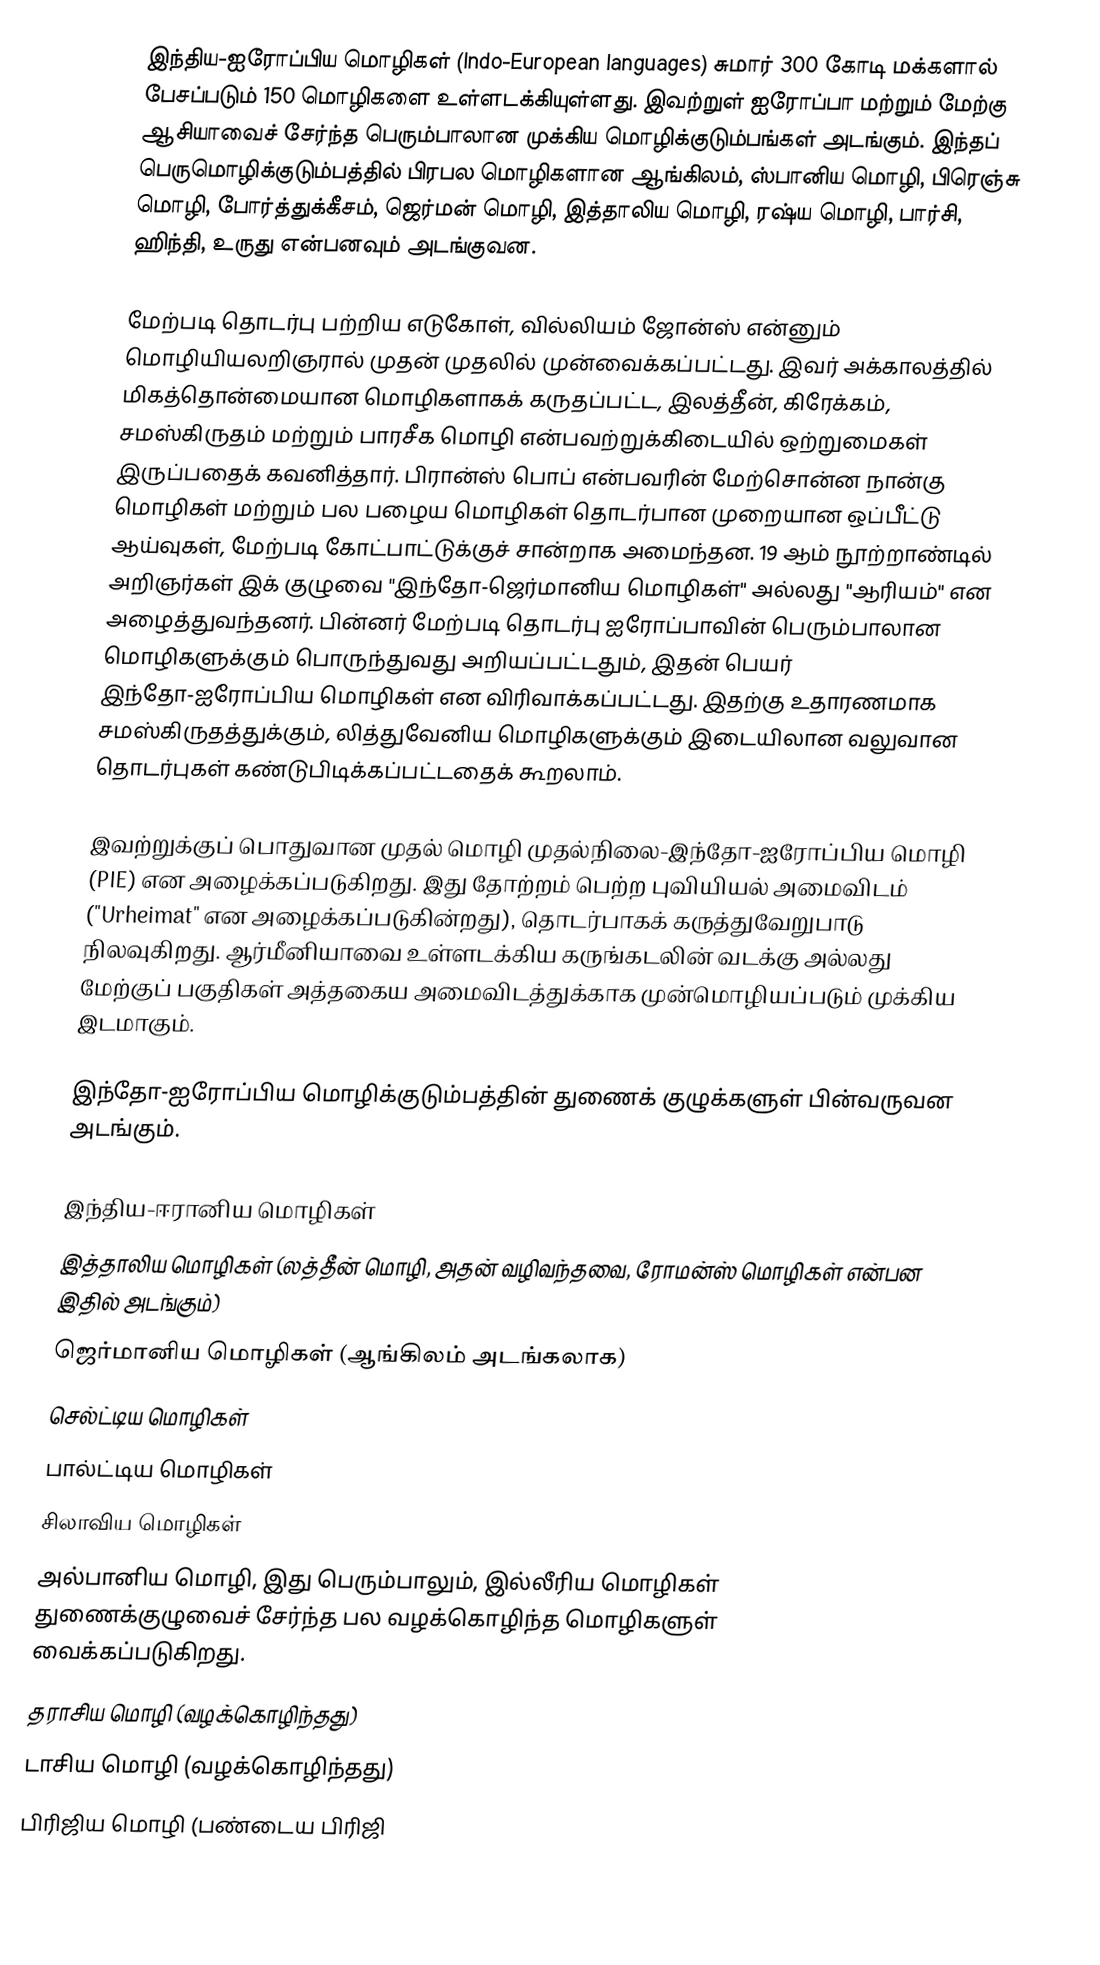
இந்திய-ஐரோப்பிய மொழிகள் (Indo-European languages) சுமார் 300 கோடி மக்களால் பேசப்படும் 150 மொழிகளை உள்ளடக்கியுள்ளது. இவற்றுள் ஐரோப்பா மற்றும் மேற்கு ஆசியாவைச் சேர்ந்த பெரும்பாலான முக்கிய மொழிக்குடும்பங்கள் அடங்கும். இந்தப் பெருமொழிக்குடும்பத்தில் பிரபல மொழிகளான ஆங்கிலம், ஸ்பானிய மொழி, பிரெஞ்சு மொழி, போர்த்துக்கீசம், ஜெர்மன் மொழி, இத்தாலிய மொழி, ரஷ்ய மொழி, பார்சி, ஹிந்தி, உருது என்பனவும் அடங்குவன.

மேற்படி தொடர்பு பற்றிய எடுகோள், வில்லியம் ஜோன்ஸ் என்னும் மொழியியலறிஞரால் முதன் முதலில் முன்வைக்கப்பட்டது. இவர் அக்காலத்தில் மிகத்தொன்மையான மொழிகளாகக் கருதப்பட்ட, இலத்தீன், கிரேக்கம், சமஸ்கிருதம் மற்றும் பாரசீக மொழி என்பவற்றுக்கிடையில் ஒற்றுமைகள் இருப்பதைக் கவனித்தார். பிரான்ஸ் பொப் என்பவரின் மேற்சொன்ன நான்கு மொழிகள் மற்றும் பல பழைய மொழிகள் தொடர்பான முறையான ஒப்பீட்டு ஆய்வுகள், மேற்படி கோட்பாட்டுக்குச் சான்றாக அமைந்தன. 19 ஆம் நூற்றாண்டில் அறிஞர்கள் இக் குழுவை "இந்தோ-ஜெர்மானிய மொழிகள்" அல்லது "ஆரியம்" என அழைத்துவந்தனர். பின்னர் மேற்படி தொடர்பு ஐரோப்பாவின் பெரும்பாலான மொழிகளுக்கும் பொருந்துவது அறியப்பட்டதும், இதன் பெயர் இந்தோ-ஐரோப்பிய மொழிகள் என விரிவாக்கப்பட்டது. இதற்கு உதாரணமாக சமஸ்கிருதத்துக்கும், லித்துவேனிய மொழிகளுக்கும் இடையிலான வலுவான தொடர்புகள் கண்டுபிடிக்கப்பட்டதைக் கூறலாம்.

இவற்றுக்குப் பொதுவான முதல் மொழி முதல்நிலை-இந்தோ-ஐரோப்பிய மொழி (PIE) என அழைக்கப்படுகிறது. இது தோற்றம் பெற்ற புவியியல் அமைவிடம் ("Urheimat" என அழைக்கப்படுகின்றது), தொடர்பாகக் கருத்துவேறுபாடு நிலவுகிறது. ஆர்மீனியாவை உள்ளடக்கிய கருங்கடலின் வடக்கு அல்லது மேற்குப் பகுதிகள் அத்தகைய அமைவிடத்துக்காக முன்மொழியப்படும் முக்கிய இடமாகும்.

இந்தோ-ஐரோப்பிய மொழிக்குடும்பத்தின் துணைக் குழுக்களுள் பின்வருவன அடங்கும்.

 இந்திய-ஈரானிய மொழிகள்
 இத்தாலிய மொழிகள் (லத்தீன் மொழி, அதன் வழிவந்தவை, ரோமன்ஸ் மொழிகள் என்பன இதில் அடங்கும்)
 ஜெர்மானிய மொழிகள் (ஆங்கிலம் அடங்கலாக)
 செல்ட்டிய மொழிகள்
 பால்ட்டிய மொழிகள்
 சிலாவிய மொழிகள்
 அல்பானிய மொழி, இது பெரும்பாலும், இல்லீரிய மொழிகள் துணைக்குழுவைச் சேர்ந்த பல வழக்கொழிந்த மொழிகளுள் வைக்கப்படுகிறது.
 தராசிய மொழி (வழக்கொழிந்தது)
 டாசிய மொழி (வழக்கொழிந்தது)
 பிரிஜிய மொழி (பண்டைய பிரிஜி